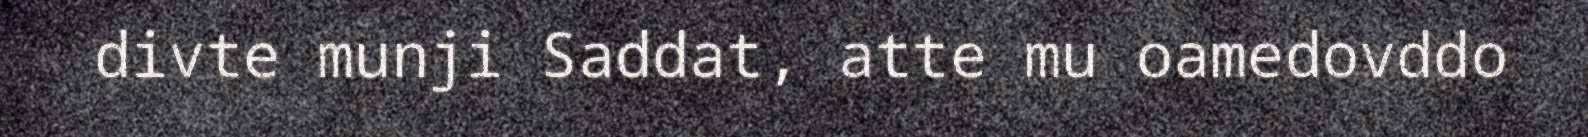
divte munji Saddat, atte mu oamedovddo